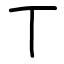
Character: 丅